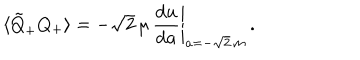
LaTeX: \langle \tilde { Q } _ { + } Q _ { + } \rangle = - \left. \sqrt { 2 } \, \mu \, \frac { \mathrm { d } u } { \mathrm { d } a } \right| _ { a = - \sqrt { 2 } \, m } \, .